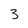
Character: 3